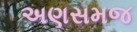
અણસમજ